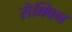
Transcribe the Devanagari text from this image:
सेक्विन